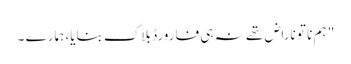
" ہم نا تو ناراض تھے نہ ہی فارورڈ بلاک بنایا، ہمارے ۔